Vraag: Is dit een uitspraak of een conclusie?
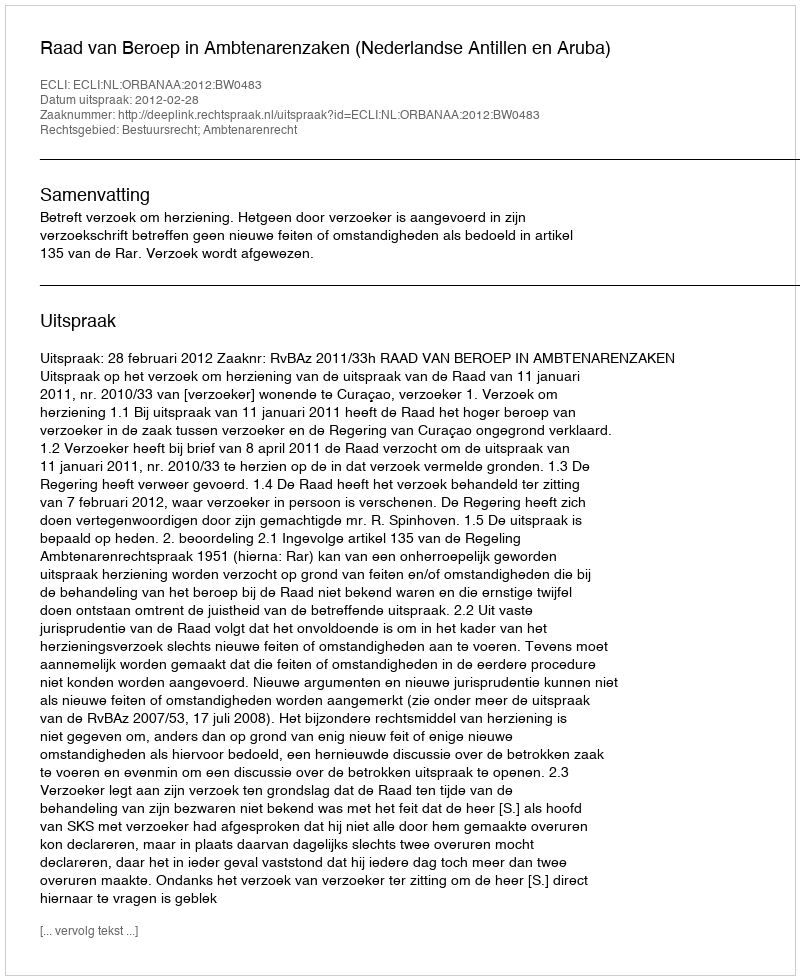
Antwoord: Uitspraak